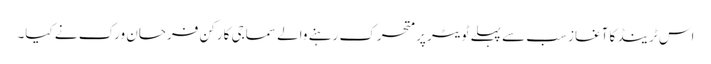
اس ٹرینڈ کا آغاز سب سے پہلے ٹویٹر پر متحرک رہنے والے سماجی کارکن فرحان ورک نے کیا۔